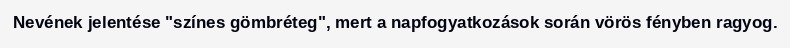
Nevének jelentése "színes gömbréteg", mert a napfogyatkozások során vörös fényben ragyog.